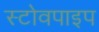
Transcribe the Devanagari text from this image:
स्टोवपाइप